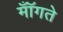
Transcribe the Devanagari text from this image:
मॉँगते